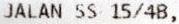
JALAN SS 15/4B,